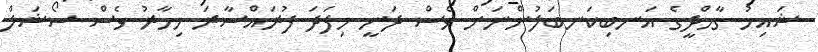
ޝައިޚު ގާމްދީގެ އަނބިކަނބަލުންނަށް ވެސް ދަނީ މިފަދަ ފުރައްސާރަ މިހާރު ވެސް ސޯޝަލް